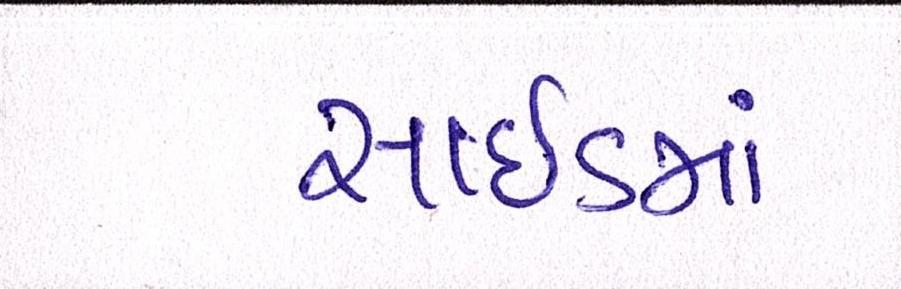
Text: સાઇડમાં